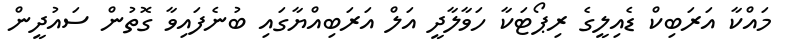
މައްކާ އަރަބިކް ޑެއިލީގެ ރިޕޯޓަކާ ހަވާލާދީ އަލް އަރަބިއްޔާގައި ބުނެފައިވާ ގޮތުން ސައުދީން